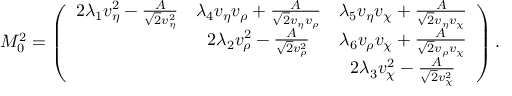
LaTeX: M _ { 0 } ^ { 2 } = \left( \begin{array} { c c c } { { 2 \lambda _ { 1 } v _ { \eta } ^ { 2 } - \frac { A } { \sqrt 2 v _ { \eta } ^ { 2 } } } } & { { \lambda _ { 4 } v _ { \eta } v _ { \rho } + \frac { A } { \sqrt 2 v _ { \eta } v _ { \rho } } } } & { { \lambda _ { 5 } v _ { \eta } v _ { \chi } + \frac { A } { \sqrt 2 v _ { \eta } v _ { \chi } } } } \\ { { } } & { { 2 \lambda _ { 2 } v _ { \rho } ^ { 2 } - \frac { A } { \sqrt 2 v _ { \rho } ^ { 2 } } } } & { { \lambda _ { 6 } v _ { \rho } v _ { \chi } + \frac { A } { \sqrt 2 v _ { \rho } v _ { \chi } } } } \\ { { } } & { { } } & { { 2 \lambda _ { 3 } v _ { \chi } ^ { 2 } - \frac { A } { \sqrt 2 v _ { \chi } ^ { 2 } } } } \end{array} \right) .